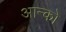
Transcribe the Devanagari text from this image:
आन्को